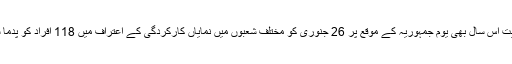
اس پر سمیع کا کہنا ہے کہ انہیں سیاست کا نشانہ بنایا جارہا ہے، حکومت نے حسب روایت اس سال بھی یوم جمہوریہ کے موقع پر 26 جنوری کو مختلف شعبوں میں نمایاں کارکردگی کے اعتراف میں 118 افراد کو پدما شری ایوارڈز دینے کا اعلان کیا، جن میں موسیقار اور گلوکار عدنان سمیع بھی شامل ہیں۔